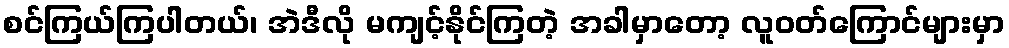
စင်ကြယ်ကြပါတယ်၊ အဲဒီလို မကျင့်နိုင်ကြတဲ့ အခါမှာတော့ လူဝတ်ကြောင်များမှာ